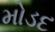
મોડદ